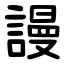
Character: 謾